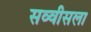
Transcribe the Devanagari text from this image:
सव्वीसला